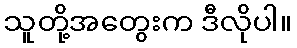
သူတို့အတွေးက ဒီလိုပါ။